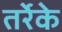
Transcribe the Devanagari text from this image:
तर्रेके